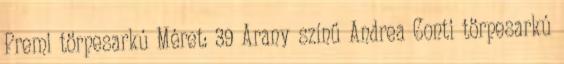
Premi törpesarkú Méret: 39 Arany színű Andrea Conti törpesarkú